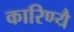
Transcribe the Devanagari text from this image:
कारिण्यै